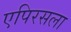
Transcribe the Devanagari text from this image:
एपिरसला